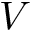
V